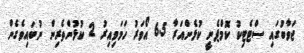
ޖަވާބުގައި ސްޓެޓިކު ކޮމްޕެނީ ކުޅެންއަރާ 6.5 އޯވަރު ހަމަވިއިރު 2 ކުޅުންތެރިން ނުބައިވެގެން